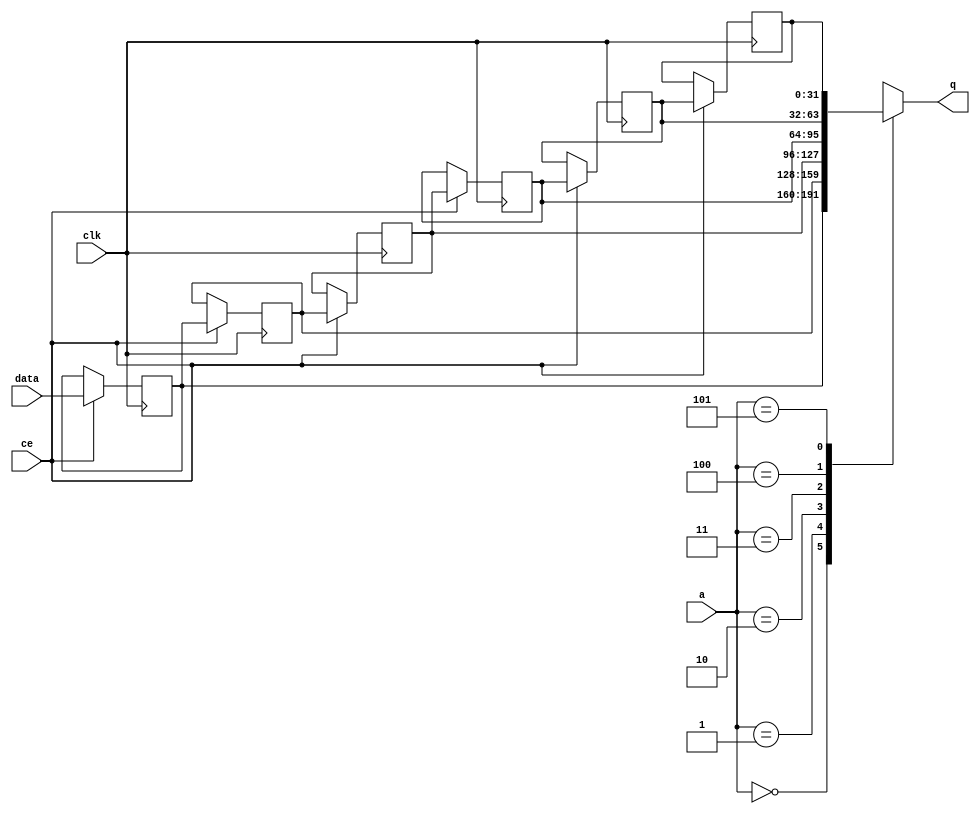
// ==============================================================
// Vitis HLS - High-Level Synthesis from C, C++ and OpenCL v2020.2 (64-bit)
// Copyright 1986-2020 Xilinx, Inc. All Rights Reserved.
// ==============================================================

`timescale 1 ns / 1 ps

module optical_flow_fifo_w32_d6_S_shiftReg (
    clk,
    data,
    ce,
    a,
    q);

parameter DATA_WIDTH = 32'd32;
parameter ADDR_WIDTH = 32'd3;
parameter DEPTH = 4'd6;

input clk;
input [DATA_WIDTH-1:0] data;
input ce;
input [ADDR_WIDTH-1:0] a;
output [DATA_WIDTH-1:0] q;

reg[DATA_WIDTH-1:0] SRL_SIG [0:DEPTH-1];
integer i;

always @ (posedge clk)
    begin
        if (ce)
        begin
            for (i=0;i<DEPTH-1;i=i+1)
                SRL_SIG[i+1] <= SRL_SIG[i];
            SRL_SIG[0] <= data;
        end
    end

assign q = SRL_SIG[a];

endmodule

module optical_flow_fifo_w32_d6_S (
    clk,
    reset,
    if_empty_n,
    if_read_ce,
    if_read,
    if_dout,
    if_full_n,
    if_write_ce,
    if_write,
    if_din);

parameter MEM_STYLE   = "shiftreg";
parameter DATA_WIDTH  = 32'd32;
parameter ADDR_WIDTH  = 32'd3;
parameter DEPTH       = 4'd6;

input clk;
input reset;
output if_empty_n;
input if_read_ce;
input if_read;
output[DATA_WIDTH - 1:0] if_dout;
output if_full_n;
input if_write_ce;
input if_write;
input[DATA_WIDTH - 1:0] if_din;

wire[ADDR_WIDTH - 1:0] shiftReg_addr ;
wire[DATA_WIDTH - 1:0] shiftReg_data, shiftReg_q;
wire                     shiftReg_ce;
reg[ADDR_WIDTH:0] mOutPtr = ~{(ADDR_WIDTH+1){1'b0}};
reg internal_empty_n = 0;
reg internal_full_n = 1;

assign if_full_n = internal_full_n;
assign if_empty_n = internal_empty_n;
assign shiftReg_data = if_din;
assign if_dout = shiftReg_q;

always @ (posedge clk) begin
    if (reset == 1'b1)
    begin
        mOutPtr <= ~{ADDR_WIDTH+1{1'b0}};
        internal_empty_n <= 1'b0;
        internal_full_n <= 1'b1;
    end
    else begin
        if (((if_read & if_read_ce) == 1 & internal_empty_n == 1) && 
            ((if_write & if_write_ce) == 0 | internal_full_n == 0))
        begin
            mOutPtr <= mOutPtr - 4'd1;
            if (mOutPtr == 4'd0)
                internal_empty_n <= 1'b0;
            internal_full_n <= 1'b1;
        end 
        else if (((if_read & if_read_ce) == 0 | internal_empty_n == 0) && 
            ((if_write & if_write_ce) == 1 & internal_full_n == 1))
        begin
            mOutPtr <= mOutPtr + 4'd1;
            internal_empty_n <= 1'b1;
            if (mOutPtr == DEPTH - 4'd2)
                internal_full_n <= 1'b0;
        end 
    end
end

assign shiftReg_addr = mOutPtr[ADDR_WIDTH] == 1'b0 ? mOutPtr[ADDR_WIDTH-1:0]:{ADDR_WIDTH{1'b0}};
assign shiftReg_ce = (if_write & if_write_ce) & internal_full_n;

optical_flow_fifo_w32_d6_S_shiftReg 
#(
    .DATA_WIDTH(DATA_WIDTH),
    .ADDR_WIDTH(ADDR_WIDTH),
    .DEPTH(DEPTH))
U_optical_flow_fifo_w32_d6_S_ram (
    .clk(clk),
    .data(shiftReg_data),
    .ce(shiftReg_ce),
    .a(shiftReg_addr),
    .q(shiftReg_q));

endmodule